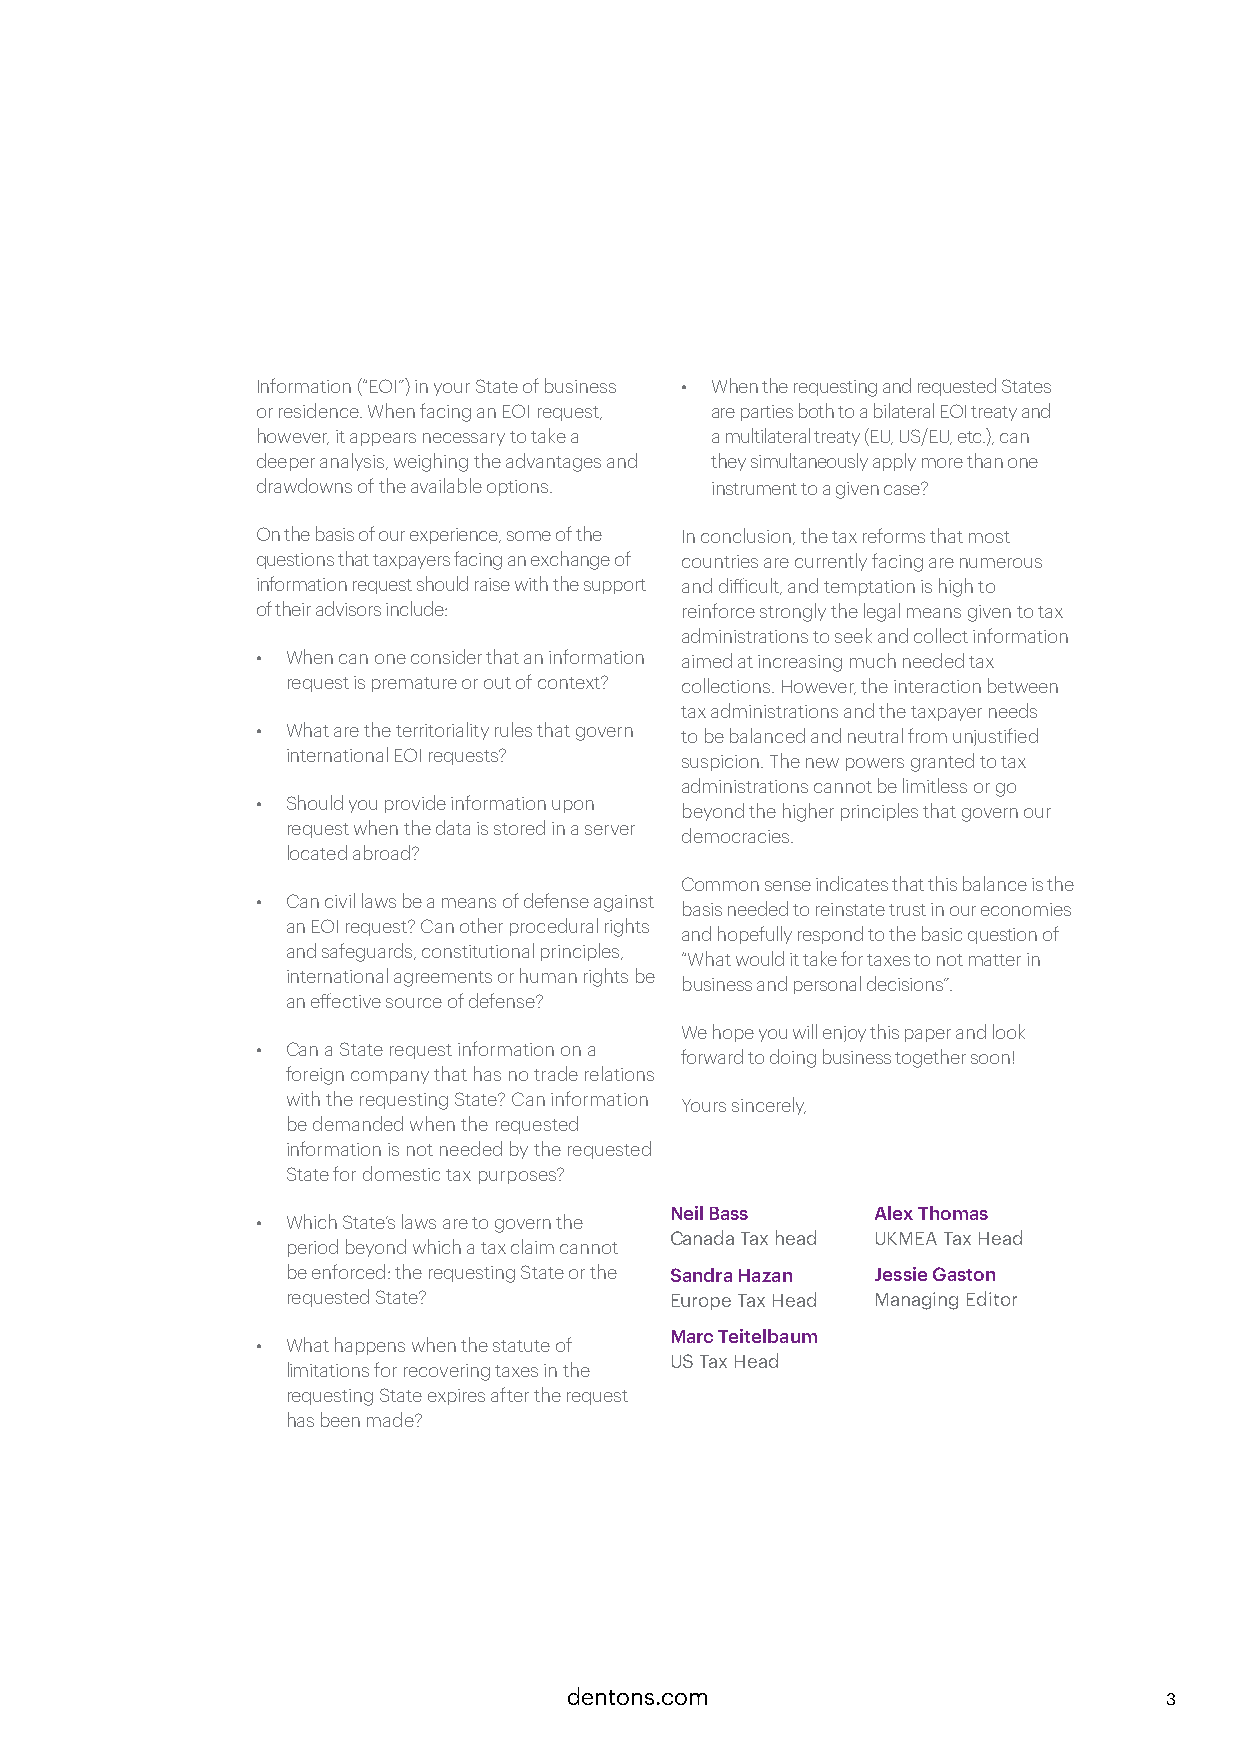
Information (“EOI”) in your State of business • When the requesting and requested States
 or residence. When facing an EOI request, are parties both to a bilateral EOI treaty and
 however, it appears necessary to take a a multilateral treaty (EU, US/EU, etc.), can
 deeper analysis, weighing the advantages and they simultaneously apply more than one
 drawdowns of the available options. instrument to a given case?
 On the basis of our experience, some of the In conclusion, the tax reforms that most
 questions that taxpayers facing an exchange of countries are currently facing are numerous
 information request should raise with the support and difficult, and temptation is high to
 of their advisors include:  reinforce strongly the legal means given to tax
 administrations to seek and collect information
 • When can one consider that an information aimed at increasing much needed tax
 request is premature or out of context? collections. However, the interaction between
 tax administrations and the taxpayer needs
 • What are the territoriality rules that govern to be balanced and neutral from unjustified
 international EOI requests? suspicion. The new powers granted to tax
 administrations cannot be limitless or go
 • Should you provide information upon
 beyond the higher principles that govern our
 request when the data is stored in a server
 democracies.
 located abroad?
 Common sense indicates that this balance is the
 • Can civil laws be a means of defense against
 basis needed to reinstate trust in our economies
 an EOI request? Can other procedural rights
 and hopefully respond to the basic question of
 and safeguards, constitutional principles,
 “What would it take for taxes to not matter in
 international agreements or human rights be
 business and personal decisions”.
 an effective source of defense?
 We hope you will enjoy this paper and look
 • Can a State request information on a
 forward to doing business together soon!
 foreign company that has no trade relations
 with the requesting State? Can information Yours sincerely,
 be demanded when the requested
 information is not needed by the requested
 State for domestic tax purposes?
 Neil Bass     Alex Thomas
 • Which State’s laws are to govern the
 Canada Tax head UKMEA Tax Head
 period beyond which a tax claim cannot
 be enforced: the requesting State or the Sandra Hazan Jessie Gaston
 requested State?         Europe Tax Head Managing Editor
 Marc Teitelbaum
 • What happens when the statute of
 US Tax Head
 limitations for recovering taxes in the
 requesting State expires after the request
 has been made?
 dentons.com                            3